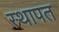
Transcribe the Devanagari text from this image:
स्थापत